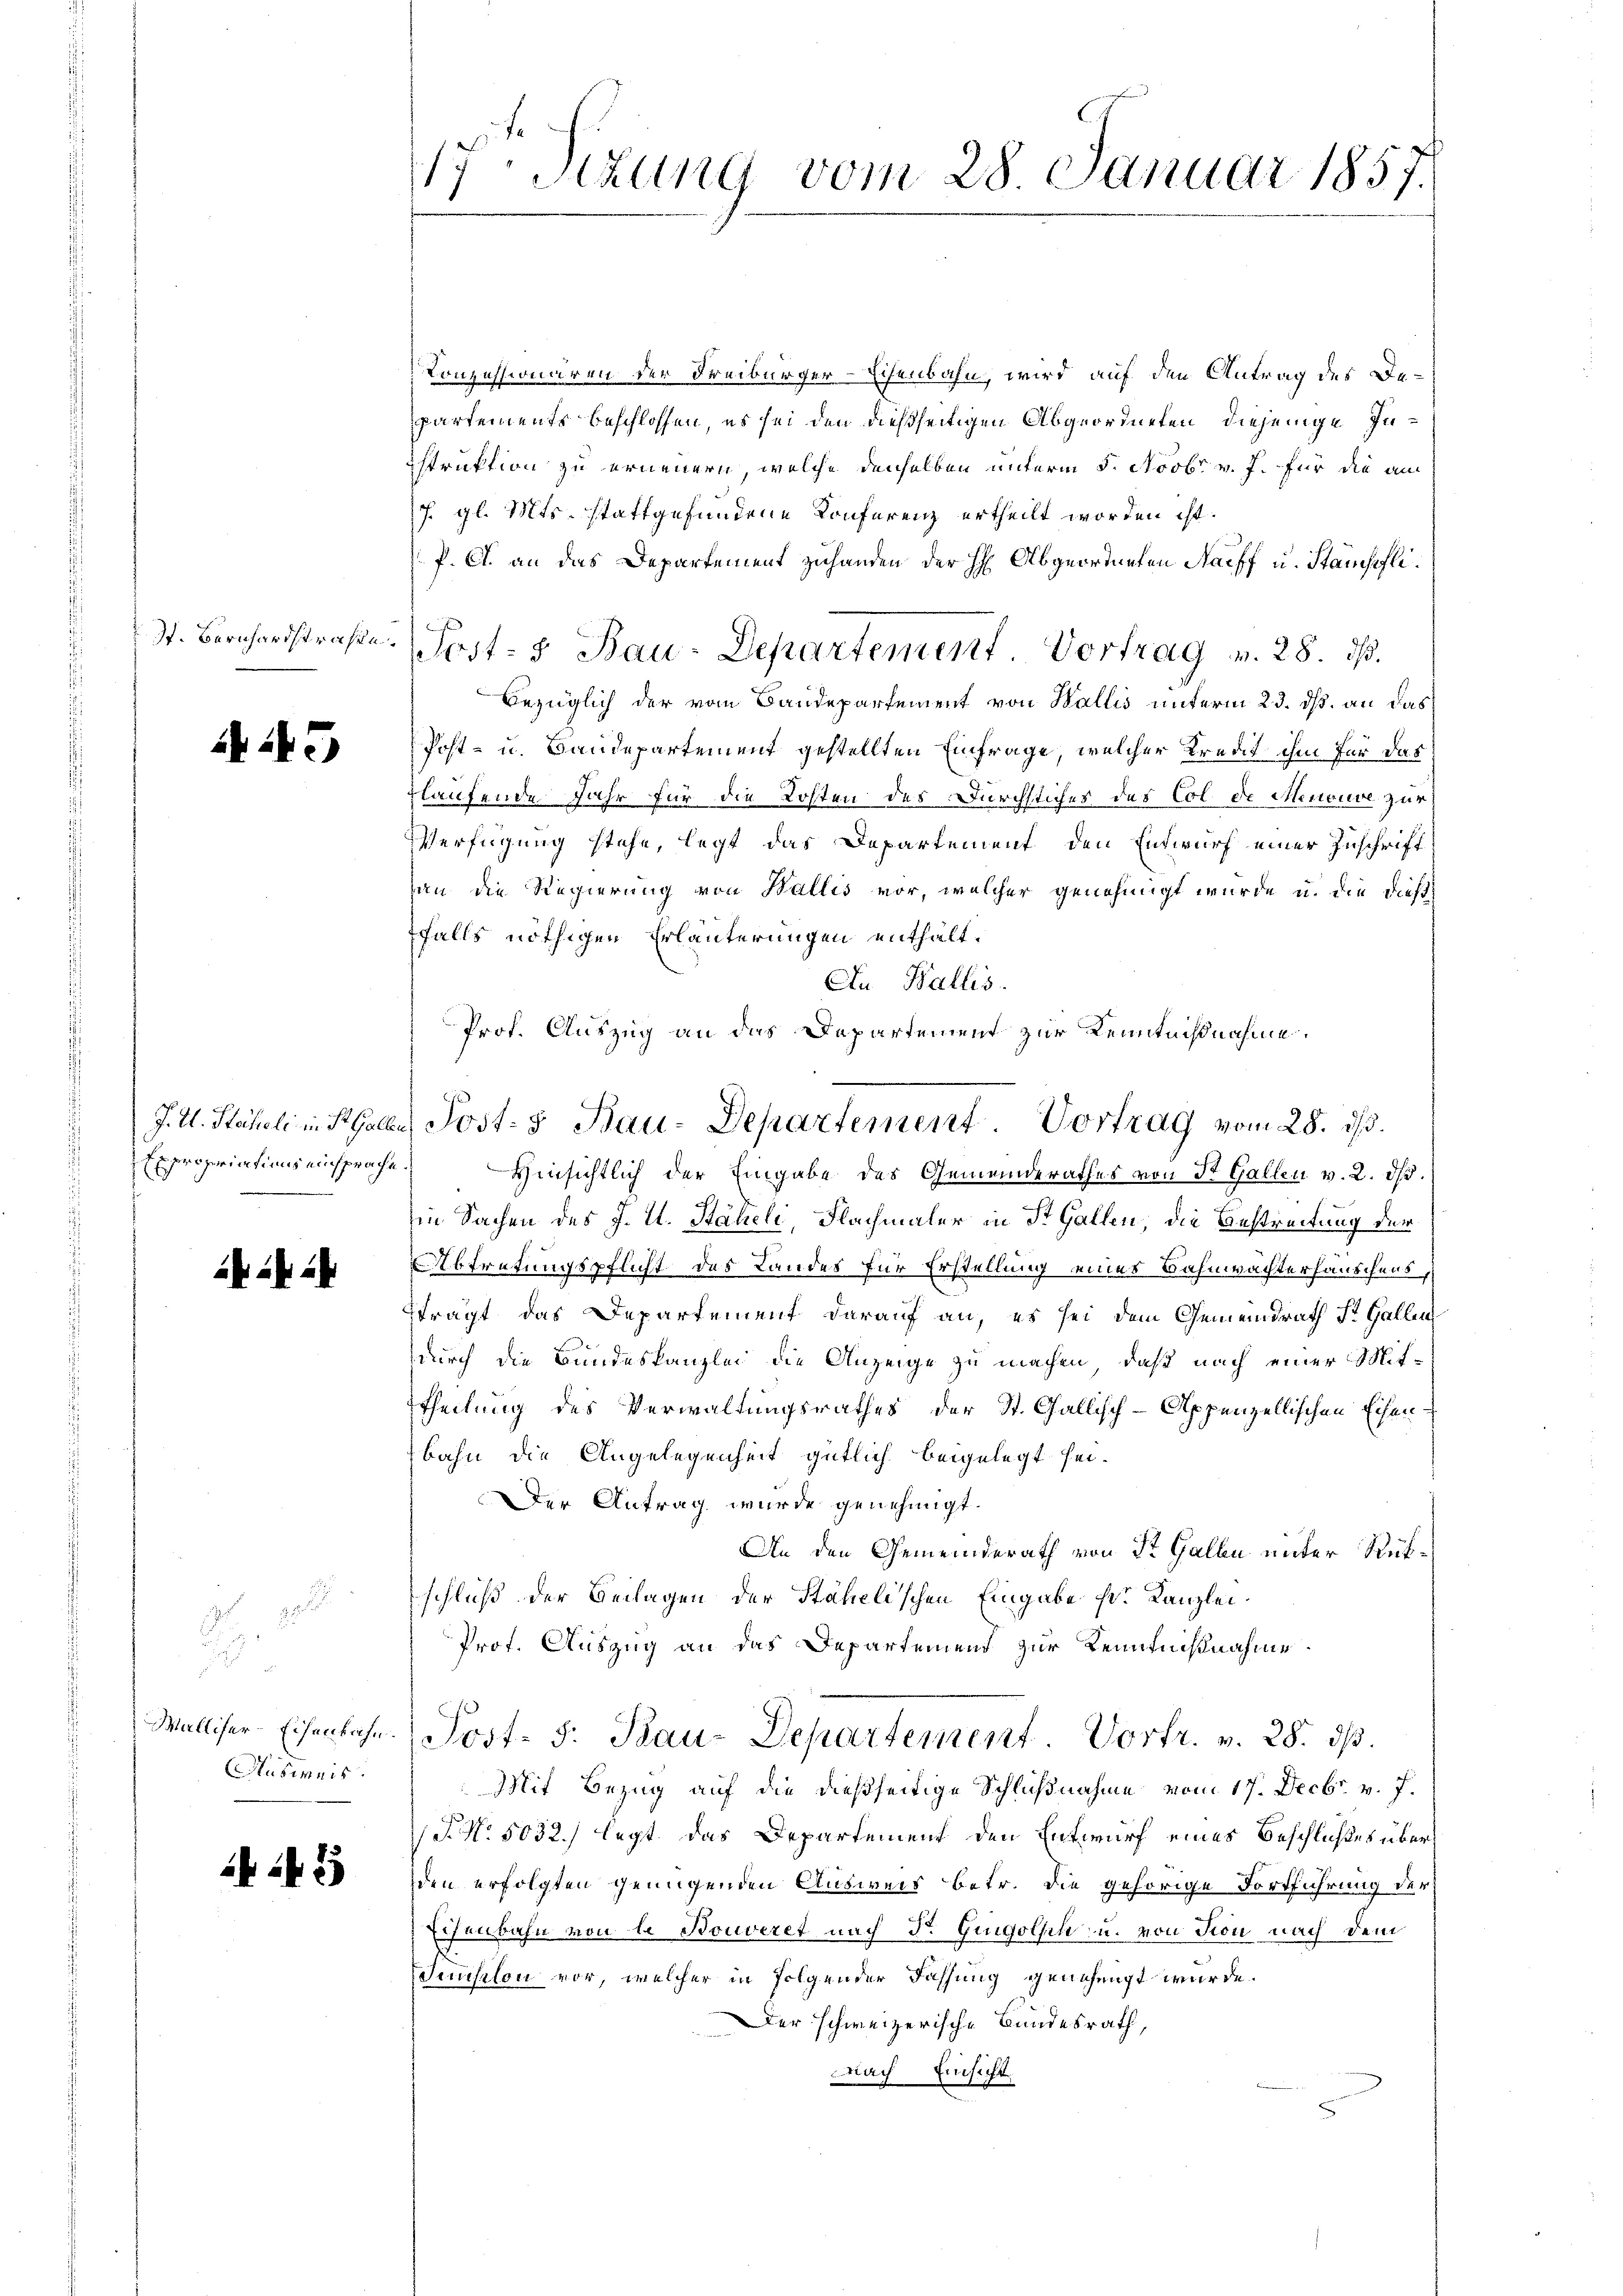
Jt. Bernhardstrafe.

43

Expropriations einsprache.

ii ih

a
2
.
u
Husweis

ih 24 25

17ten Sizung vom 28. Januar 1857.

Konzessionären der Freiburger-Eisenbahn, wird auf den Antrag des Departements beschlossen, es sei den dießseitigen Abgeordneten, diejenige Inistruktion zu ernennern, welche denselben unterm 5. Novbr. v. J. für die an
J. gl. Mts. stattgefundene Konferenz ertheilt worden ist.
P. C. an das Departement zuhanden der H: Abgeordneten Nachf u. Stanschli¬
Post- & Bau-Departement. Vortrag v. 28. ds.
bezüglich der vom Baudepartement von Wallis unterm 23. ds. an das
Post- u. Baudepartement gestellten Einfrage, welcher Kredit ihm für das
flaufende Jahr für die Kosten des Durchstiches des Col de Menouve zur
Verfügung stehe, legt das Departement den Entwurf einer Zuschrift
an die Regierung von Wallis vor, welcher genehmigt wurde u. die dieß
falls nöthigen Erläuterungen enthält¬
Au Wallis.
Hinsichtlich der Eingabe des Gemeinderathes von St. Gallen v. 2. dβ.
in Sachen des J. U. Stäheli, Flachmaler in St. Gallen, die Bestreitung der
Abtretungspflicht des Landes für Erstellung eines Bahnwächterhäuschens,
trägt das Departement darauf an, es sei dem Gemeindrath St. Gallen
durch die Bundeskanzlei die Anzeige zu machen, daß nach einer Mittheilung des Verwaltungsrathes der St. Gallisch-Appenzellischen Eisen-
bahn die Angelegenheit gütlich beigelegt sei.
Der Antrag wurde genehmigt.
An den Gemeinderath von St. Gallen unter Rükschluß der Beilagen der Stahelischen Eingabe Hr. Kanzlei¬
Prof. Auszug an das Departement zur Kenntnißnahme
Walliser-Eisenbahn (Post- S. Bau-Departement Vortr. v. 28. dβ.
Mit Bezug auf die dießseitige Schlußnahme vom 17. Decbr. v. J.
P.N. 5032.) legt das Departement den Entwurf eines Beschlußes überden erfolgten genügenden Ausweis betr. die gehörige Fortführung der
Echenbahn von de Bouveret nach Dr. Gingolsch u. von Ton nach dem
uuselon vor, welcher in folgender Fassung genehmigt würde.
Der schweizerische Bundesrath,
Nach Einsicht

Prof. Auszug an das Departement zur Kenntnißnahme
J. U. Käheli in Hallen Post- & Bau-Departement Vortrag vom 28. ds.